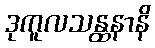
ဒုကူလသန္ထနာနိ